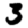
Digit: 3